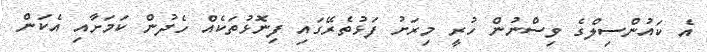
އެ ކައުންސިލްގެ ވިސްނުން ހުރީ މިރަށު ފަޅުތެރޭގައި ފިނޮޅުތަކެއް ހެދުން ކަމަށާއި އެކަން